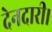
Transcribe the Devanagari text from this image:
देनदारी।